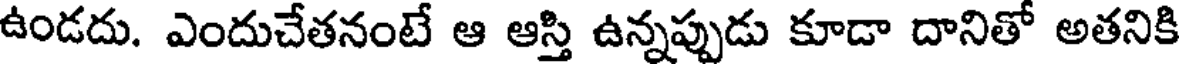
ఉండదు. ఎందుచేతనంటే ఆ ఆస్తి ఉన్నప్పుడు కూడా దానితో అతనికి